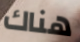
هناك